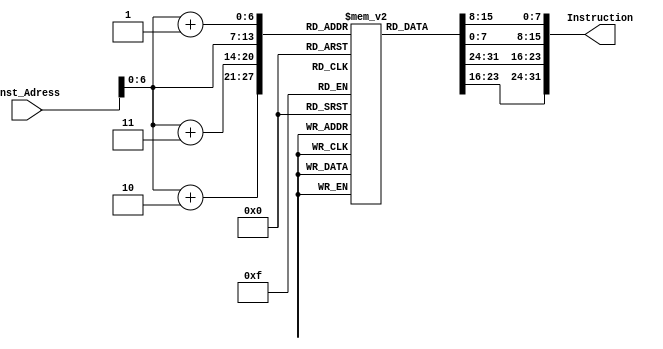
module Instruction_memory(
input [63:0] Inst_Adress,
output reg [31:0] Instruction
);

reg [7:0]Array[95:0]; 
initial 
    begin 
        

        Array[0] = 8'b00010011; 
        Array[1] = 8'b00001011; 
        Array[2] = 8'b00000000; 
        Array[3] = 8'b00000000; 

        Array[4] = 8'b00010011; 
        Array[5] = 8'b00000101; 
        Array[6] = 8'b01010000; 
        Array[7] = 8'b00000000; 

        Array[8] = 8'b00010011; 
        Array[9] = 8'b00000001; 
        Array[10] = 8'b00000000; 
        Array[11] = 8'b00000000; 

        Array[12] = 8'b10010011; 
        Array[13] = 8'b00000001; 
        Array[14] = 8'b00000000; 
        Array[15] = 8'b00000000; 
          
        Array[16] = 8'b10110011; 
        Array[17] = 8'b00001011; 
        Array[18] = 8'b01100000; 
        Array[19] = 8'b00000001; 

        Array[20] = 8'b01100011; 
        Array[21] = 8'b00000110; 
        Array[22] = 8'b10101011; 
        Array[23] = 8'b00000100; 

        Array[24] = 8'b00000011; 
        Array[25] = 8'b00110011; 
        Array[26] = 8'b00000001; 
        Array[27] = 8'b00000000; 

        Array[28] = 8'b00000011; 
        Array[29] = 8'b10110010; 
        Array[30] = 8'b00000001; 
        Array[31] = 8'b00000000;

        Array[32] = 8'b01100011; 
        Array[33] = 8'b01001110; 
        Array[34] = 8'b01000011; 
        Array[35] = 8'b00000000; 

        Array[36] = 8'b10010011; 
        Array[37] = 8'b10001011; 
        Array[38] = 8'b00011011; 
        Array[39] = 8'b00000000; 

        Array[40] = 8'b00010011; 
        Array[41] = 8'b00010001; 
        Array[42] = 8'b00111011; 
        Array[43] = 8'b00000000; 

        Array[44] = 8'b10010011; 
        Array[45] = 8'b10010001; 
        Array[46] = 8'b00111011; 
        Array[47] = 8'b00000000; 

        Array[48] = 8'b11100011; 
        Array[49] = 8'b10010100; 
        Array[50] = 8'b10101011; 
        Array[51] = 8'b11111110; 

        Array[52] = 8'b00010011; 
        Array[53] = 8'b00001011; 
        Array[54] = 8'b00011011; 
        Array[55] = 8'b00000000; 

        Array[56] = 8'b11100011; 
        Array[57] = 8'b10001100; 
        Array[58] = 8'b10101011; 
        Array[59] = 8'b11111100; 

        Array[60] = 8'b10110011; 
        Array[61] = 8'b00000010; 
        Array[62] = 8'b01100000; 
        Array[63] = 8'b00000000; 

        Array[64] = 8'b00100011; 
        Array[65] = 8'b00110000; 
        Array[66] = 8'b01000001; 
        Array[67] = 8'b00000000; 

        Array[68] = 8'b00100011; 
        Array[69] = 8'b10110000; 
        Array[70] = 8'b01010001; 
        Array[71] = 8'b00000000; 

        Array[72] = 8'b10010011; 
        Array[73] = 8'b10001011; 
        Array[74] = 8'b00011011; 
        Array[75] = 8'b00000000;

        Array[76] = 8'b00010011; 
        Array[77] = 8'b00010001; 
        Array[78] = 8'b00111011; 
        Array[79] = 8'b00000000;

        Array[80] = 8'b10010011; 
        Array[81] = 8'b10010001; 
        Array[82] = 8'b00111011; 
        Array[83] = 8'b00000000;

        Array[84] = 8'b11100011; 
        Array[85] = 8'b10010010; 
        Array[86] = 8'b10101011; 
        Array[87] = 8'b11111100;

        Array[88] = 8'b00010011; 
        Array[89] = 8'b00001011; 
        Array[90] = 8'b00011011; 
        Array[91] = 8'b00000000;

        Array[92] = 8'b11100011; 
        Array[93] = 8'b10001010; 
        Array[94] = 8'b10101011; 
        Array[95] = 8'b11111010;

    end 



always @ (Inst_Adress)
begin
	
	Instruction={Array[Inst_Adress+3],Array[Inst_Adress+2], Array[Inst_Adress+1],Array[Inst_Adress]};
end
endmodule